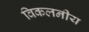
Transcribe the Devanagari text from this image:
विकलनीय